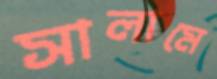
সালামে